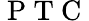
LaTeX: \mathrm{~P~T~C~}